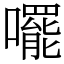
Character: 𫬘